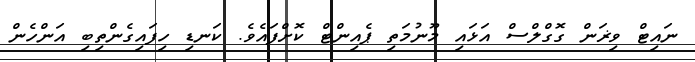
ނައިޓް ވިޜަން ގޮގްލްސް އަޅައި މޫނުމަތި ޕެއިންޓް ކޮށްފައެވެ. ކަނޑި ހިފައިގެންތިބި އަންހެން